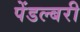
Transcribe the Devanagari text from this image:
पेंडल्बरी